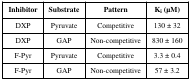
| Inhibitor | Substrate | Pattern | Ki (μM) |
 | --- | --- | --- | --- |
 | DXP | Pyruvate | Competitive | 130 ± 32 |
 | DXP | GAP | Non-competitive | 830 ± 160 |
 | F-Pyr | Pyruvate | Competitive | 3.3 ± 0.4 |
 | F-Pyr | GAP | Non-competitive | 57 ± 3.2 |